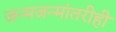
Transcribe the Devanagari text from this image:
जन्मजन्मांतरीही